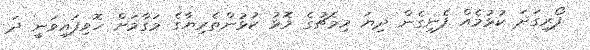
ފޯރިގަދަ ކުޅުމެއް ފެނިގެން ދިޔަ މިމެޗުގެ މޮޅު ކުޅުންތެރިޔާގެ މަގާމަށް ހޮވިފައިވަނީ ދަ